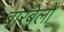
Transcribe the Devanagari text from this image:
बारबेलों